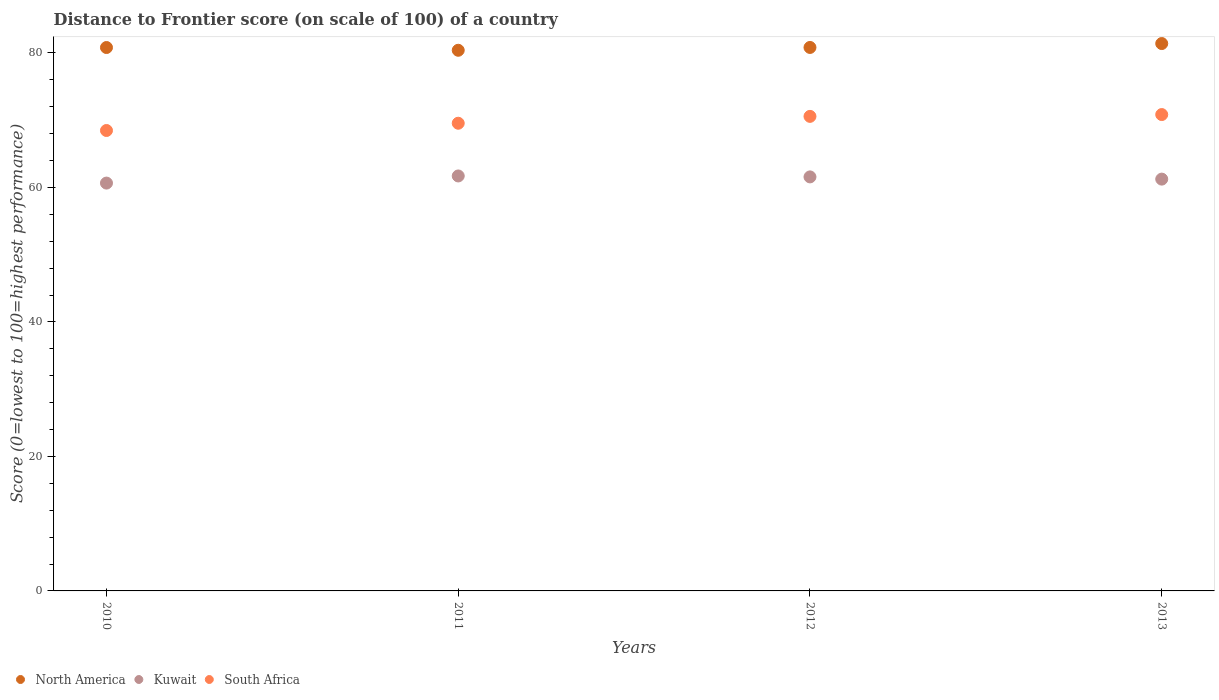
| Years | North America | Kuwait | South Africa |
 | --- | --- | --- | --- |
 | 2010 | 80.8 | 60.6 | 68.5 |
 | 2011 | 80.4 | 61.7 | 69.5 |
 | 2012 | 80.8 | 61.6 | 70.6 |
 | 2013 | 81.4 | 61.2 | 70.8 |